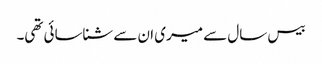
بیس سال سے میری ان سے شناسائی تھی۔